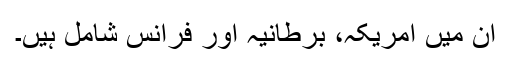
ان میں امریکہ، برطانیہ اور فرانس شامل ہیں۔